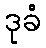
ဒုခံ